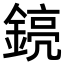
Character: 𨩎